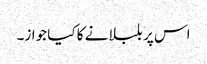
اس پر بلبلانے کا کیا جواز۔